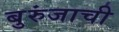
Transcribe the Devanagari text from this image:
बुरुंजाची